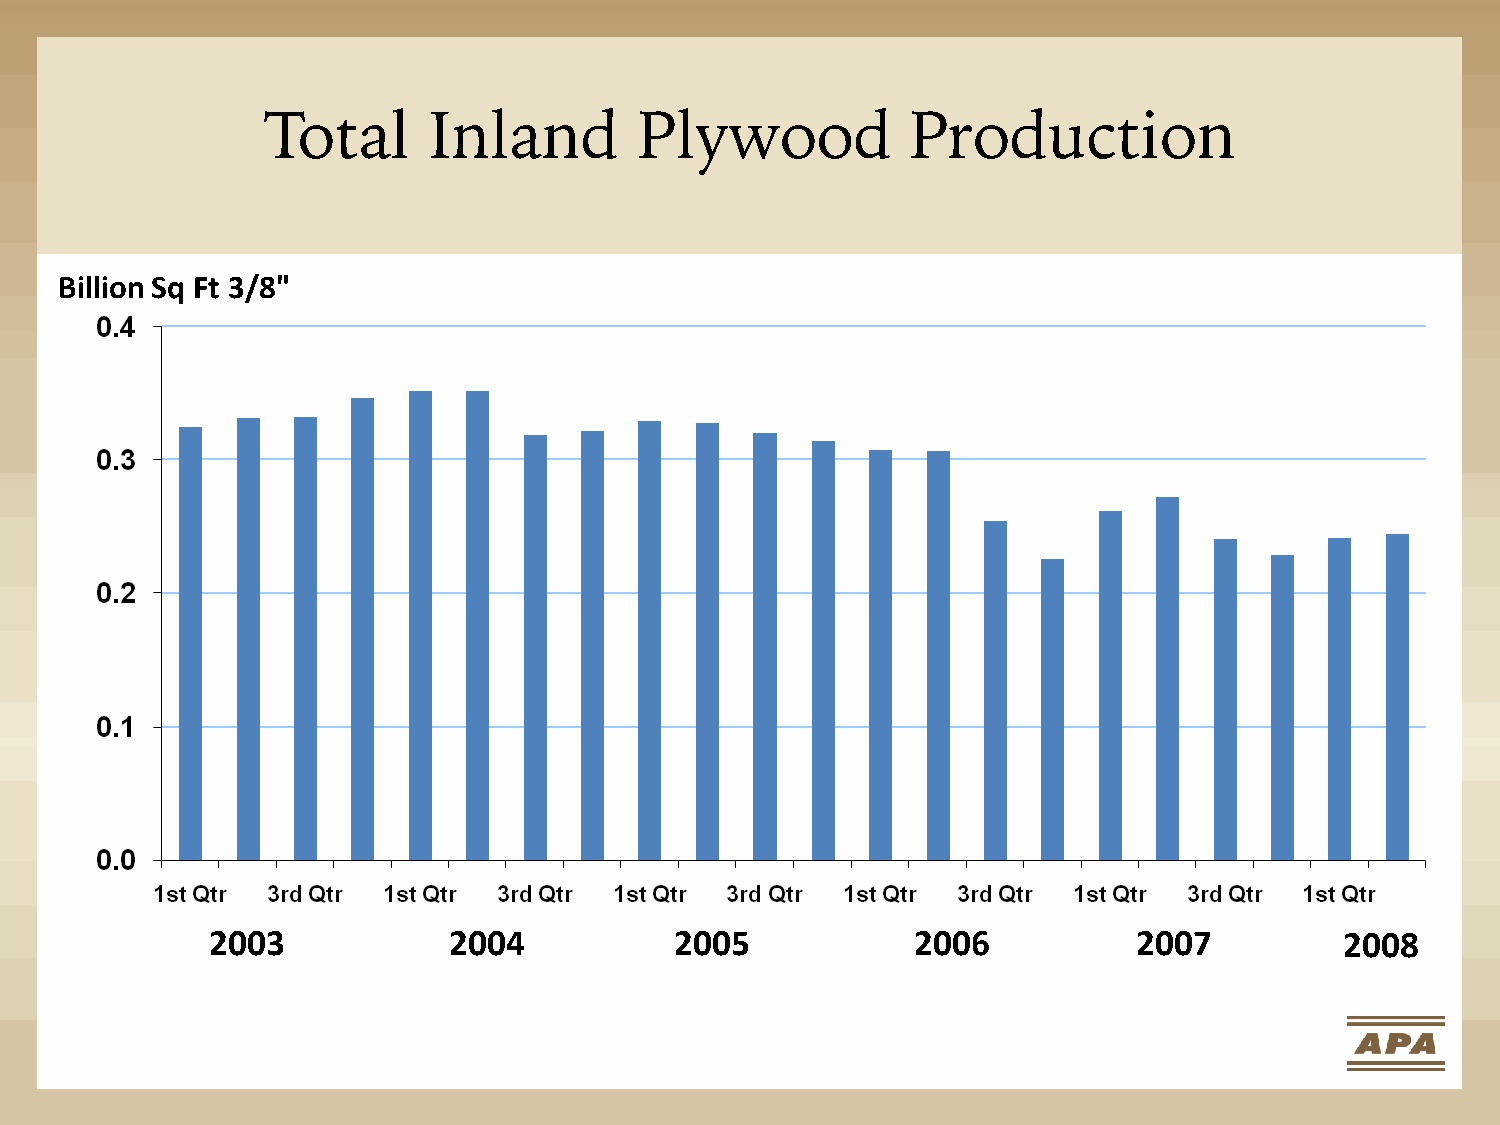
Total     Inland        Plywood           Production
 Billion Sq Ft 3/8"
 2003            2004           2005            2006          2007          2008